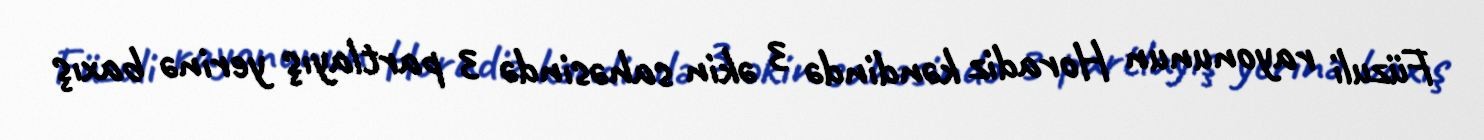
Füzuli rayonunun Horadiz kəndində 3 əkin sahəsində 3 partlayış yerinə baxış